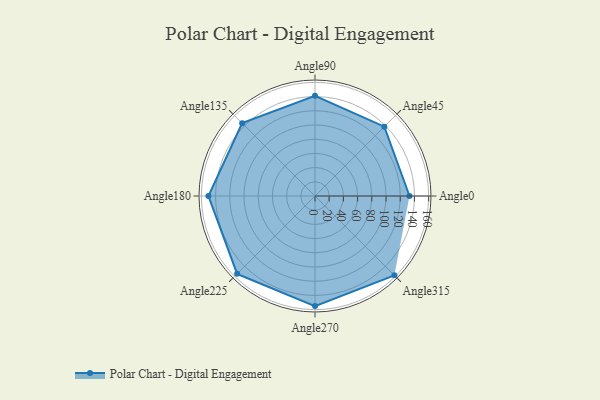
{"axis": {"x": "Angle", "y": "Radius"}, "legend": [""], "data": [{"x": "Angle0", "y": 133.0, "type": ""}, {"x": "Angle45", "y": 138.0, "type": ""}, {"x": "Angle90", "y": 141.0, "type": ""}, {"x": "Angle135", "y": 145.0, "type": ""}, {"x": "Angle180", "y": 150.0, "type": ""}, {"x": "Angle225", "y": 155.0, "type": ""}, {"x": "Angle270", "y": 155.0, "type": ""}, {"x": "Angle315", "y": 158.0, "type": ""}]}